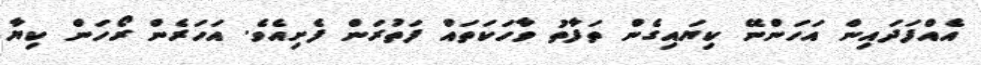
އެއްފަދައިން އަހަންނޭ ކިޔައިގެން ތަފާތު ވާހަކަތައް ފަތުރަން ފެށިއެވެ. އަހަރެން ރޯހަން ކިޔާ